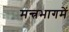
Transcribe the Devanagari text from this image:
मन्त्रभागमें